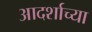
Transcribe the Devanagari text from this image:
आदर्शाच्या